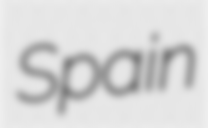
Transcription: Spain